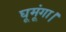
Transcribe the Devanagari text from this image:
घूमूंगा।